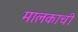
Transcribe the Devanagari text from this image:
मालकाची